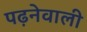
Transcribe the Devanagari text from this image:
पढ़नेवाली